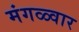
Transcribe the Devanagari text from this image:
मंगळ्वार